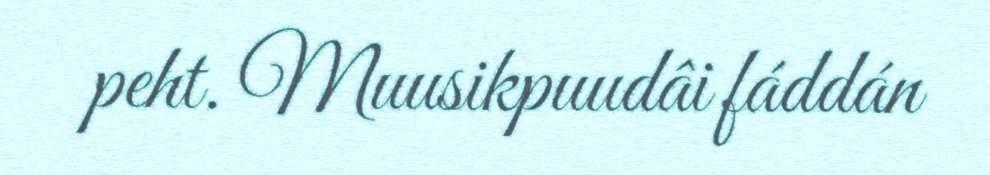
peht. Muusikpuudâi fáddán